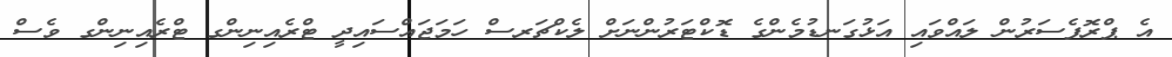
އެ ޕްރޮފެސަރުން ލައްވައި އަޅުގަނޑުމެންގެ ޑޮކްޓަރުންނަށް ލެކްޗަރސް ހަމަޖައްސައިދީ ޓްރެއިނިންގ ޓްރެއިިނިންގ ވެސް